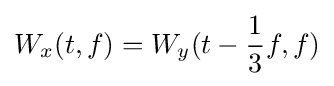
W_{x}(t,f)=W_{y}(t-{\frac {1}{3}}f,f)